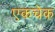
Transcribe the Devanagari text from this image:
एकचेक